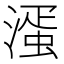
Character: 𣼈